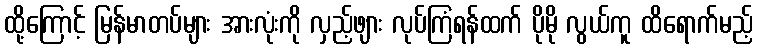
ထို့ကြောင့် မြန်မာတပ်များ အားလုံးကို လှည့်ဖျား လုပ်ကြံရန်ထက် ပိုမို လွယ်ကူ ထိရောက်မည့်